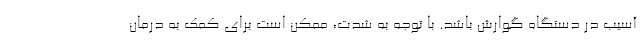
آسیب در دستگاه گوارش باشد. با توجه به شدت، ممکن است برای کمک به درمان